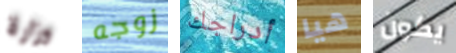
وزارة زوجه أدراجك هيا يكون